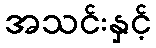
အသင်းနှင့်